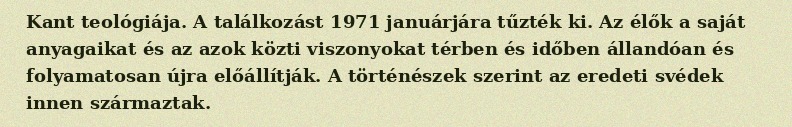
Kant teológiája. A találkozást 1971 januárjára tűzték ki. Az élők a saját anyagaikat és az azok közti viszonyokat térben és időben állandóan és folyamatosan újra előállítják. A történészek szerint az eredeti svédek innen származtak.